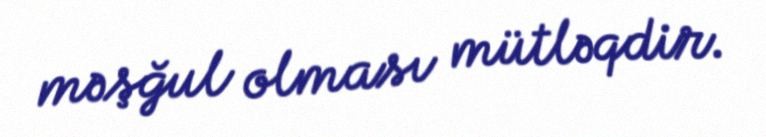
məşğul olması mütləqdir.